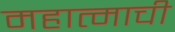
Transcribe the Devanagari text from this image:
महात्माची